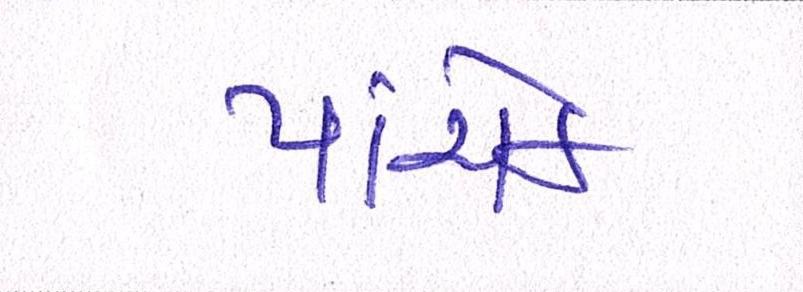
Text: પાંચેક